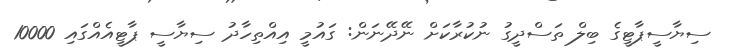
ސިޔާސީޕާޓީގެ ބިލް ތަސްދީގު ނުކުރާކަށް ނޭދޭނަން: ގައުމީ އިއްތިހާދު ސިޔާސީ ޕާޓީއެއްގައި 10000